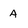
Character: A